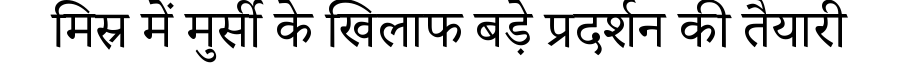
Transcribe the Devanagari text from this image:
मिस्र में मुर्सी के खिलाफ बड़े प्रदर्शन की तैयारी